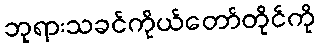
ဘုရားသခင်ကိုယ်တော်တိုင်ကို